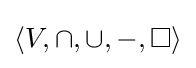
\langle V,\cap ,\cup ,-,\Box \rangle